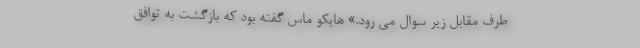
طرف مقابل زیر سوال می ‌رود.» هایکو ماس گفته بود که بازگشت به توافق